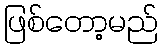
ဖြစ်တော့မည်